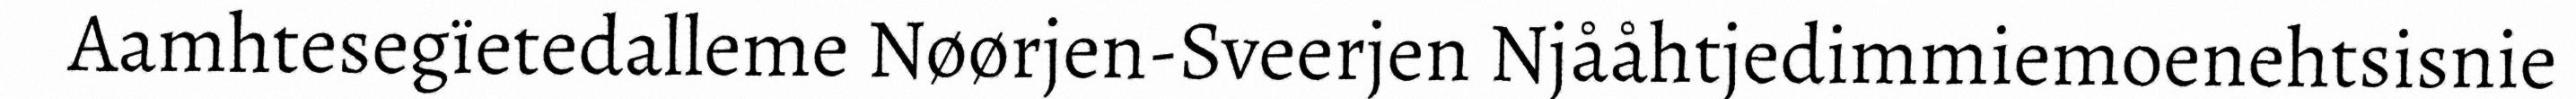
Aamhtesegïetedalleme Nøørjen-Sveerjen Njååhtjedimmiemoenehtsisnie